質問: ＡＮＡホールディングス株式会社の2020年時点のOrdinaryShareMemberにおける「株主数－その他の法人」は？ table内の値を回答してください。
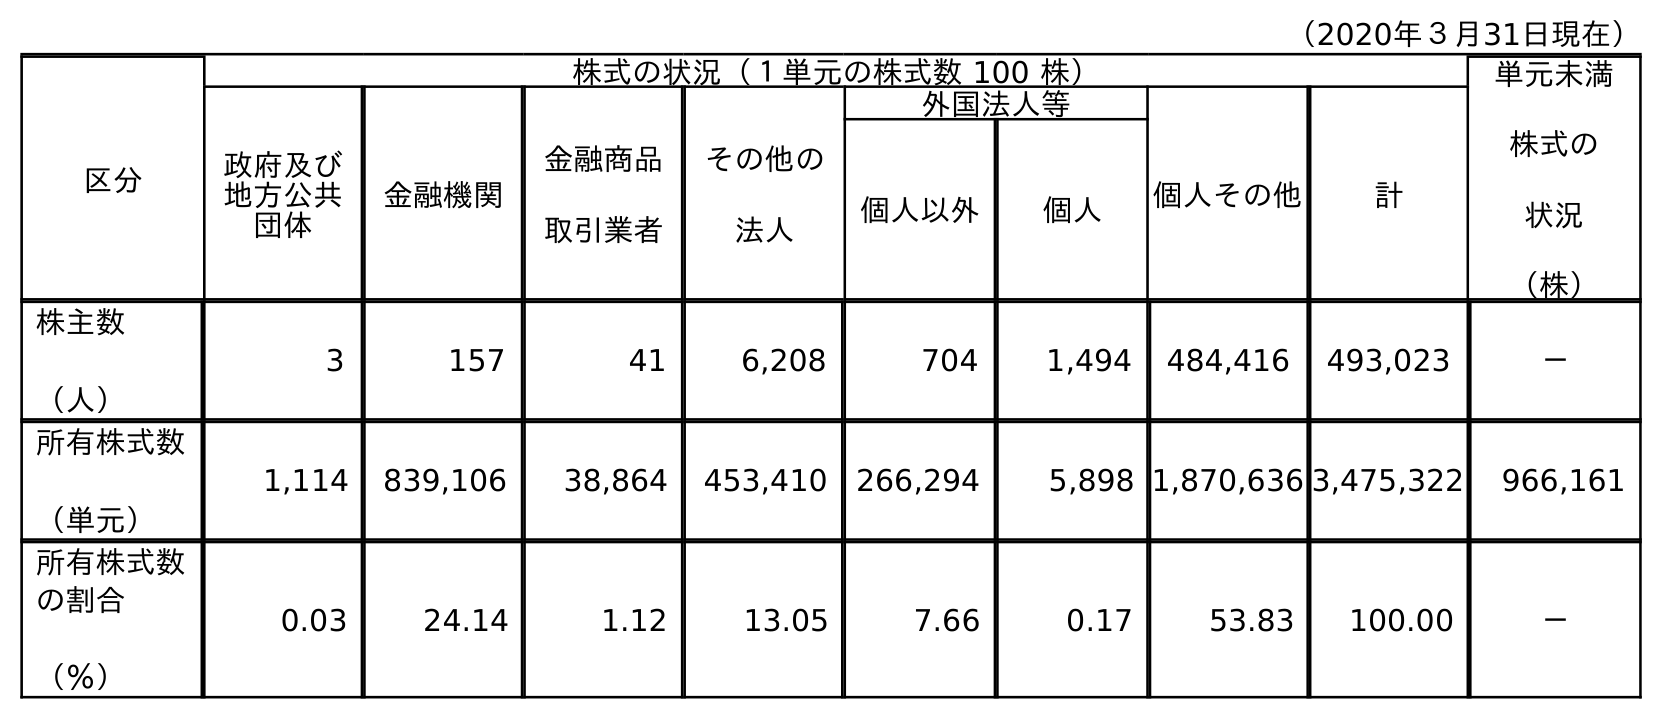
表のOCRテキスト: （2020年３月31日現在） 区分 株式の状況（１単元の株式数 100 株） 単元未満 株式の 状況 （株） 政府及び 地方公共 団体 金融機関 金融商品 取引業者 その他の 法人 外国法人等 個人その他 計 個人以外 個人 株主数 （人） 3 157 41 6,208 704 1,494 484,416 493,023 － 所有株式数 （単元） 1,114 839,106 38,864 453,410 266,294 5,898 1,870,636 3,475,322 966,161 所有株式数 の割合 （％） 0.03 24.14 1.12 13.05 7.66 0.17 53.83 100.00 －
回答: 6,208